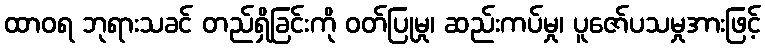
ထာဝရ ဘုရားသခင် တည်ရှိခြင်းကို ဝတ်ပြုမှု၊ ဆည်းကပ်မှု၊ ပူဇော်ပသမှုအားဖြင့်